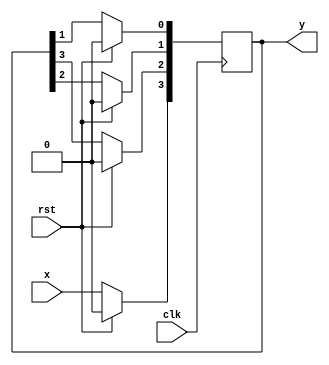
`timescale 1ns / 1ps
//////////////////////////////////////////////////////////////////////////////////
// Company: 
// Engineer: 
// 
// Design Name: 
// Module Name: SIFO_SHIFT
// Project Name: 
// Target Devices: 
// Tool Versions: 
// Description: 
// 
// Dependencies: 
// 
// Revision:
// Revision 0.01 - File Created
// Additional Comments:
// 
//////////////////////////////////////////////////////////////////////////////////


module SIFO_SHIFT(x,clk,y,rst);
input x,clk,rst;
reg [3:0]a;
output wire [3:0]y;
always@(posedge clk)begin
if(rst)begin
a<=4'b0000;
end
else begin 
a[0]<=a[1];
a[1]<=a[2];
a[2]<=a[3];
a[3]<=x;
end
end 
assign y=a;
endmodule